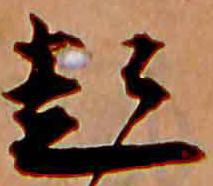
起